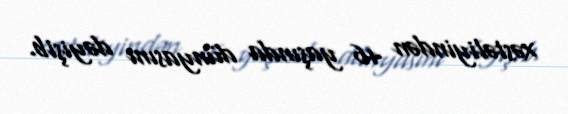
xəstəliyindən 46 yaşında dünyasını dəyişib.